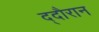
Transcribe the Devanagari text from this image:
द्दौरान